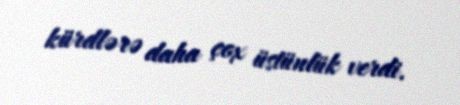
kürdlərə daha çox üstünlük verdi.